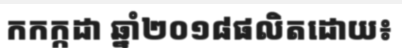
កកក្កដា ឆ្នាំ២០១៨ផលិតដោយ៖